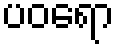
ပဝရော